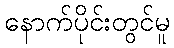
နောက်ပိုင်းတွင်မူ